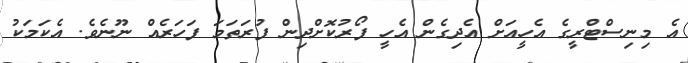
އެ މިނިސްޓްރީގެ އެހީއަށް އެދިގެން އެހީ ފޯރުކޮށްދިން ފުރަތަމަ ފަހަރެއް ނޫނެވެ. އެކަމަކު